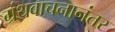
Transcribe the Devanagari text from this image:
ग्रंथवाचनानंतर